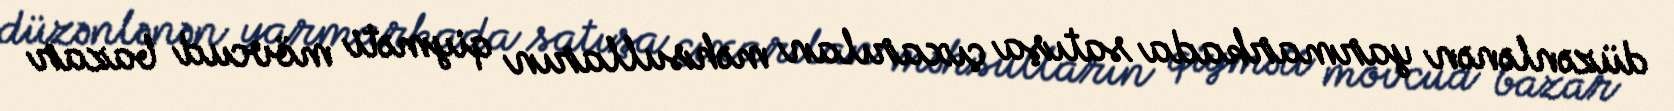
düzənlənən yarmarkada satışa çıxarılan məhsulların qiyməti mövcud bazar